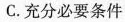
C.充分必要条件